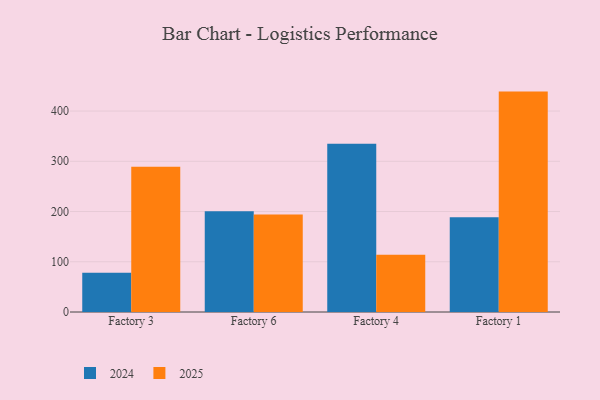
{"axis": {"x": "Factory", "y": "Churn Rate (%)"}, "legend": ["2024", "2025"], "data": [{"x": "Factory 3", "y": 78.2, "type": "2024"}, {"x": "Factory 3", "y": 289.2, "type": "2025"}, {"x": "Factory 6", "y": 200.4, "type": "2024"}, {"x": "Factory 6", "y": 194.3, "type": "2025"}, {"x": "Factory 4", "y": 335.1, "type": "2024"}, {"x": "Factory 4", "y": 114.0, "type": "2025"}, {"x": "Factory 1", "y": 188.4, "type": "2024"}, {"x": "Factory 1", "y": 438.7, "type": "2025"}]}